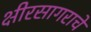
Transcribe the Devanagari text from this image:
क्षीरसागराचे